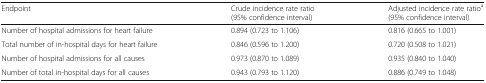
| Endpoint | Crude incidence rate ratio (95% confidence interval) | Adjusted incidence rate ratioa (95% confidence interval) |
 | --- | --- | --- |
 | Number of hospital admissions for heart failure | 0.894 (0.723 to 1.106) | 0.816 (0.665 to 1.001) |
 | Total number of in-hospital days for heart failure | 0.846 (0.596 to 1.200) | 0.720 (0.508 to 1.021) |
 | Number of hospital admissions for all causes | 0.973 (0.870 to 1.089) | 0.935 (0.840 to 1.040) |
 | Number of total in-hospital days for all causes | 0.943 (0.793 to 1.120) | 0.886 (0.749 to 1.048) |